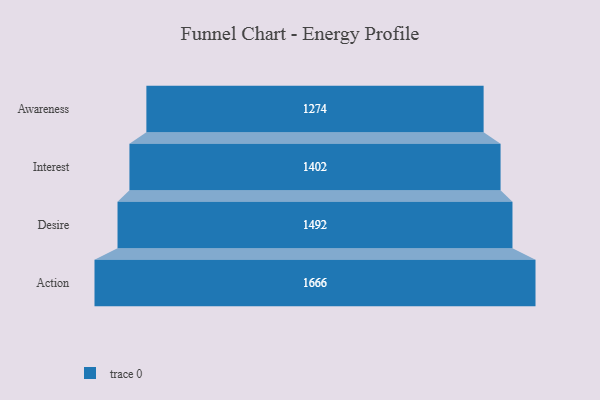
{"axis": {"x": "Stage", "y": "Value"}, "legend": [""], "data": [{"x": "Awareness", "y": 1274.0, "type": ""}, {"x": "Interest", "y": 1402.0, "type": ""}, {"x": "Desire", "y": 1492.0, "type": ""}, {"x": "Action", "y": 1666.0, "type": ""}]}